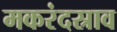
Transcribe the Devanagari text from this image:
मकरंदस्राव